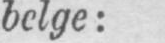
belge: